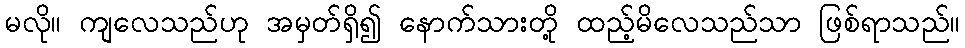
မလို။ ကျလေသည်ဟု အမှတ်ရှိ၍ နောက်သားတို့ ထည့်မိလေသည်သာ ဖြစ်ရာသည်။